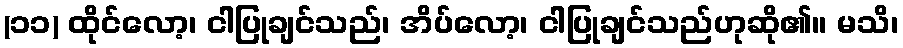
(၁၁) ထိုင်လော့၊ ငါပြုချင်သည်၊ အိပ်လော့၊ ငါပြုချင်သည်ဟုဆို၏။ မသိ၊